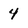
Character: 4